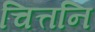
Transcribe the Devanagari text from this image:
चित्तनि